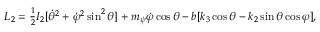
\begin{array} { r } { L _ { 2 } = \frac 1 2 I _ { 2 } [ \dot { \theta } ^ { 2 } + \dot { \varphi } ^ { 2 } \sin ^ { 2 } \theta ] + m _ { \psi } \dot { \varphi } \cos \theta - b [ k _ { 3 } \cos \theta - k _ { 2 } \sin \theta \cos \varphi ] , } \end{array}